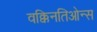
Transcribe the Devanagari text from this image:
वक्किनतिओन्स